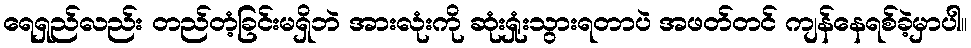
ရေရှည်လည်း တည်တံ့ခြင်းမရှိဘဲ အားလုံးကို ဆုံးရှုံးသွားရတာပဲ အဖတ်တင် ကျန်နေရစ်ခဲ့မှာပါ။